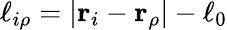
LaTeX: \ell_{i\rho}=\vert{\mathbf r}_{i}-{\mathbf r}_{\rho}\vert-\ell_{0}